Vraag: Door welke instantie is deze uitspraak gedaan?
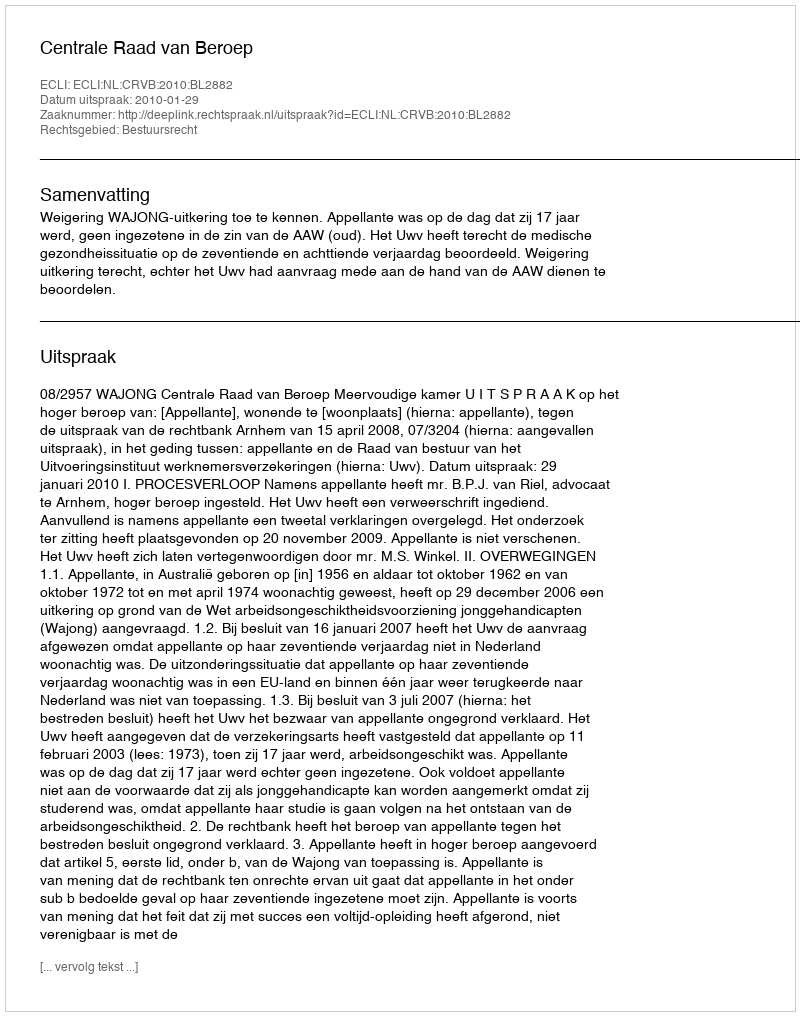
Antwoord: Centrale Raad van Beroep